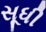
સૂધી